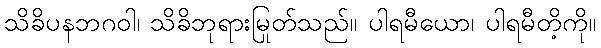
သိခိပနဘဂဝါ၊ သိခိဘုရားမြတ်သည်။ ပါရမီယော၊ ပါရမီတို့ကို။